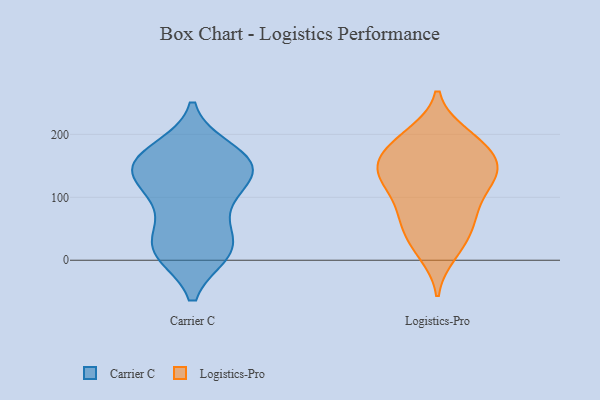
{"axis": {"x": "Shipments", "y": "Value"}, "legend": ["Carrier C", "Logistics-Pro"], "data": [{"x": "", "y": 15, "type": "Carrier C"}, {"x": "", "y": 16, "type": "Carrier C"}, {"x": "", "y": 156, "type": "Carrier C"}, {"x": "", "y": 117, "type": "Carrier C"}, {"x": "", "y": 145, "type": "Carrier C"}, {"x": "", "y": 174, "type": "Carrier C"}, {"x": "", "y": 24, "type": "Carrier C"}, {"x": "", "y": 100, "type": "Carrier C"}, {"x": "", "y": 147, "type": "Carrier C"}, {"x": "", "y": 144, "type": "Carrier C"}, {"x": "", "y": 82, "type": "Carrier C"}, {"x": "", "y": 148, "type": "Carrier C"}, {"x": "", "y": 166, "type": "Carrier C"}, {"x": "", "y": 31, "type": "Carrier C"}, {"x": "", "y": 13, "type": "Carrier C"}, {"x": "", "y": 157, "type": "Logistics-Pro"}, {"x": "", "y": 150, "type": "Logistics-Pro"}, {"x": "", "y": 197, "type": "Logistics-Pro"}, {"x": "", "y": 132, "type": "Logistics-Pro"}, {"x": "", "y": 119, "type": "Logistics-Pro"}, {"x": "", "y": 54, "type": "Logistics-Pro"}, {"x": "", "y": 11, "type": "Logistics-Pro"}, {"x": "", "y": 190, "type": "Logistics-Pro"}, {"x": "", "y": 40, "type": "Logistics-Pro"}, {"x": "", "y": 141, "type": "Logistics-Pro"}, {"x": "", "y": 200, "type": "Logistics-Pro"}, {"x": "", "y": 132, "type": "Logistics-Pro"}, {"x": "", "y": 78, "type": "Logistics-Pro"}, {"x": "", "y": 68, "type": "Logistics-Pro"}, {"x": "", "y": 168, "type": "Logistics-Pro"}, {"x": "", "y": 21, "type": "Logistics-Pro"}, {"x": "", "y": 178, "type": "Logistics-Pro"}, {"x": "", "y": 114, "type": "Logistics-Pro"}, {"x": "", "y": 82, "type": "Logistics-Pro"}, {"x": "", "y": 146, "type": "Logistics-Pro"}]}